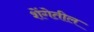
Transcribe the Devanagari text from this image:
शेंगेतील